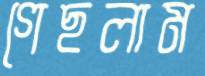
গেছলাম